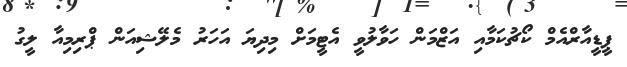
ޕީޑީއާރްއެމް ކޯޗުކަމާއި އަޒްމަން ހަވާލުވީ އެޓީމަށް މިދިޔަ އަހަރު މެލޭޝިއަން ޕްރިމިއާ ލީގު